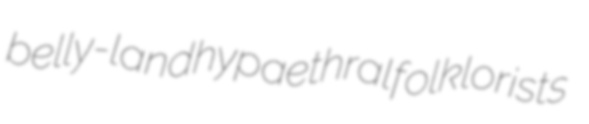
belly-land hypaethral folklorists